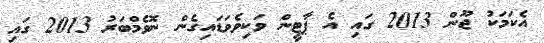
އެކަމަކު ޖޫން 2013 ގައި އެ ޕާޓީން ވަކިވެވަޑައިގެން ނޮވެމްބަރު 2013 ގައި